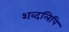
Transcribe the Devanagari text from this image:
शब्दलिपि